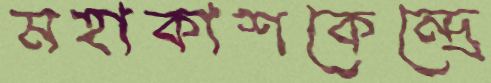
মহাকাশকেন্দ্রে